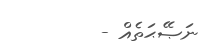
ނަޞޭޙަތެއް -